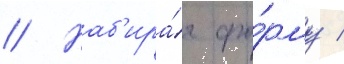
// Наб'ира́я фо́рму /